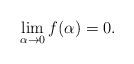
LaTeX: \begin{align*}\lim_{\alpha\to0}f(\alpha)=0.\end{align*}